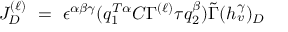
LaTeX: J _ { D } ^ { ( \ell ) } ~ = ~ \epsilon ^ { \alpha \beta \gamma } ( q _ { 1 } ^ { T \alpha } C \Gamma ^ { ( \ell ) } \tau q _ { 2 } ^ { \beta } ) { \tilde { \Gamma } } ( h _ { v } ^ { \gamma } ) _ { D }